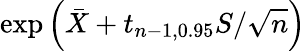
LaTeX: \exp{\left({\bar{X}}+t_{n-1,0.95}S/{\sqrt{n}}\right)}